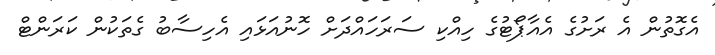
އެގޮތުން އެ ރަށުގެ އެއާޕޯޓުގެ ހިއްކި ސަރަހައްދަށް ހޮނުއަޅައި އެހިސާބު ގެތަކުން ކަރަންޓް